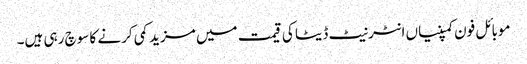
موبائل فون کمپنیاں انٹرنیٹ ڈیٹا کی قیمت میں مزید کمی کرنے کا سوچ رہی ہیں۔